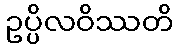
ဥပ္ပိလဝိဿတိ